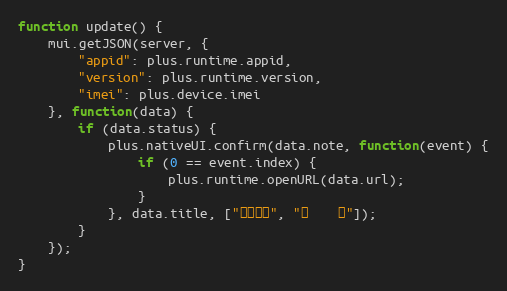
Language: JavaScript
function update() {
	mui.getJSON(server, {
		"appid": plus.runtime.appid,
		"version": plus.runtime.version,
		"imei": plus.device.imei
	}, function(data) {
		if (data.status) {
			plus.nativeUI.confirm(data.note, function(event) {
				if (0 == event.index) {
					plus.runtime.openURL(data.url);
				}
			}, data.title, ["立即更新", "取　　消"]);
		}
	});
}